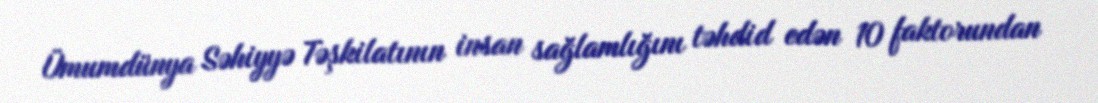
Ümumdünya Səhiyyə Təşkilatının insan sağlamlığını təhdid edən 10 faktorundan